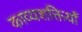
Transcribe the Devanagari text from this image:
काव्यशक्तियाँ